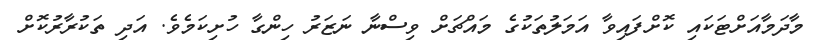
މާދަމާއަށްޓަކައި ކޮށްފައިވާ އަމަލުތަކުގެ މައްޗަށް ވިސްނާ ނަޒަރު ހިންގާ ހުށިކަމެވެ. އަދި ތަކުރާރުކޮށް